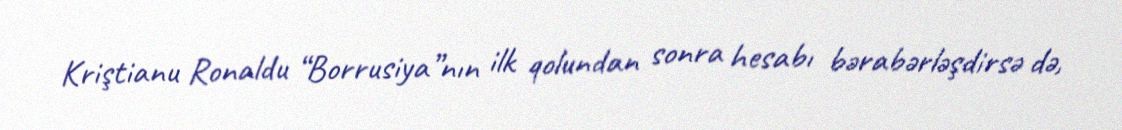
Kriştianu Ronaldu “Borrusiya”nın ilk qolundan sonra hesabı bərabərləşdirsə də,